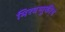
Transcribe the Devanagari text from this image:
मिरवणुकीचं